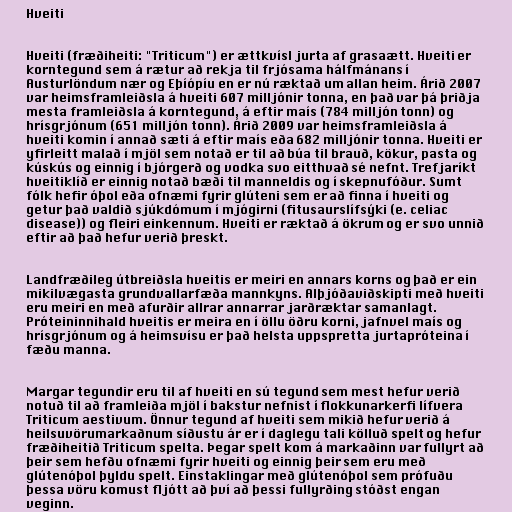
Hveiti

Hveiti (fræðiheiti: "Triticum") er ættkvísl jurta af grasaætt. Hveiti er
korntegund sem á rætur að rekja til frjósama hálfmánans í
Austurlöndum nær og Eþíópíu en er nú ræktað um allan heim. Árið 2007
var heimsframleiðsla á hveiti 607 milljónir tonna, en það var þá þriðja
mesta framleiðsla á korntegund, á eftir maís (784 milljón tonn) og
hrísgrjónum (651 milljón tonn). Árið 2009 var heimsframleiðsla á
hveiti komin í annað sæti á eftir maís eða 682 milljónir tonna. Hveiti er
yfirleitt malað í mjöl sem notað er til að búa til brauð, kökur, pasta og
kúskús og einnig í bjórgerð og vodka svo eitthvað sé nefnt. Trefjaríkt
hveitiklíð er einnig notað bæði til manneldis og í skepnufóður. Sumt
fólk hefir óþol eða ofnæmi fyrir glúteni sem er að finna í hveiti og
getur það valdið sjúkdómum í mjógirni (fitusaurslífsýki (e. celiac
disease)) og fleiri einkennum. Hveiti er ræktað á ökrum og er svo unnið
eftir að það hefur verið þreskt.

Landfræðileg útbreiðsla hveitis er meiri en annars korns og það er ein
mikilvægasta grundvallarfæða mannkyns. Alþjóðaviðskipti með hveiti
eru meiri en með afurðir allrar annarrar jarðræktar samanlagt.
Próteininnihald hveitis er meira en í öllu öðru korni, jafnvel maís og
hrísgrjónum og á heimsvísu er það helsta uppspretta jurtapróteina í
fæðu manna.

Margar tegundir eru til af hveiti en sú tegund sem mest hefur verið
notuð til að framleiða mjöl í bakstur nefnist í flokkunarkerfi lífvera
Triticum aestivum. Önnur tegund af hveiti sem mikið hefur verið á
heilsuvörumarkaðnum síðustu ár er í daglegu tali kölluð spelt og hefur
fræðiheitið Triticum spelta. Þegar spelt kom á markaðinn var fullyrt að
þeir sem hefðu ofnæmi fyrir hveiti og einnig þeir sem eru með
glútenóþol þyldu spelt. Einstaklingar með glútenóþol sem prófuðu
þessa vöru komust fljótt að því að þessi fullyrðing stóðst engan
veginn.